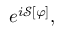
e ^ { i { \mathcal { S } } [ \varphi ] } ,